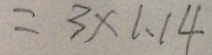
= 3 \times 1 . 1 4